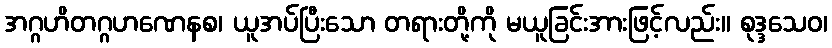
အဂ္ဂဟိတဂ္ဂဟဏေနစ၊ ယူအပ်ပြီးသော တရားတို့ကို မယူခြင်းအားဖြင့်လည်း။ စုဒ္ဒသေဝ၊